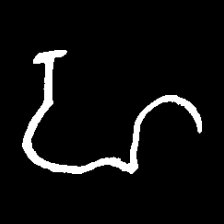
Pyu character \u2014 Myanmar letter: ဟ (romanized: ha)